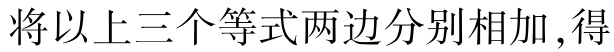
将以上三个等式两边分别相加,得